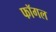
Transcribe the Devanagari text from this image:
फॉगल